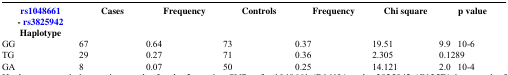
<table><thead><tr><td><b>rs1048661  - rs3825942 Haplotype</b></td><td><b>Cases</b></td><td><b>Frequency</b></td><td><b>Controls</b></td><td><b>Frequency</b></td><td><b>Chi square</b></td><td><b>p value</b></td></tr></thead><tbody><tr><td>GG</td><td>67</td><td>0.64</td><td>73</td><td>0.37</td><td>19.51</td><td>9.9 × 10-6</td></tr><tr><td>TG</td><td>29</td><td>0.27</td><td>71</td><td>0.36</td><td>2.305</td><td>0.1289</td></tr><tr><td>GA</td><td>8</td><td>0.07</td><td>50</td><td>0.25</td><td>14.121</td><td>2.0 × 10-4</td></tr></tbody></table>